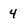
Character: 4